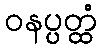
ဝနပ္ပတ္ထံ